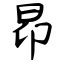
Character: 昂